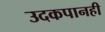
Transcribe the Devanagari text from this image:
उदकपानही